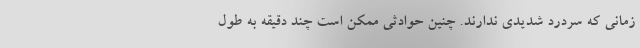
زمانی که سردرد شدیدی ندارند. چنین حوادثی ممکن است چند دقیقه به طول